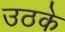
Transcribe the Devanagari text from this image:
उठके